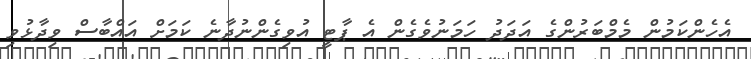
އެހެންކަމުން މެމްބަރުންގެ އަދަދު ހަމަނުވެގެން އެ ޕާޓީ އުވިގެންނުދާނެ ކަމަށް އައްބާސް ވިދާޅުވި